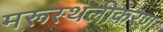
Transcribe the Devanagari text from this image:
मरूस्थलीकरण